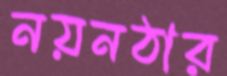
নয়নঠার